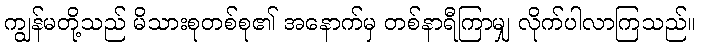
ကျွန်မတို့သည် မိသားစုတစ်စု၏ အနောက်မှ တစ်နာရီကြာမျှ လိုက်ပါလာကြသည်။